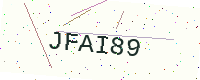
Text: JFAI89